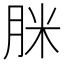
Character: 脒